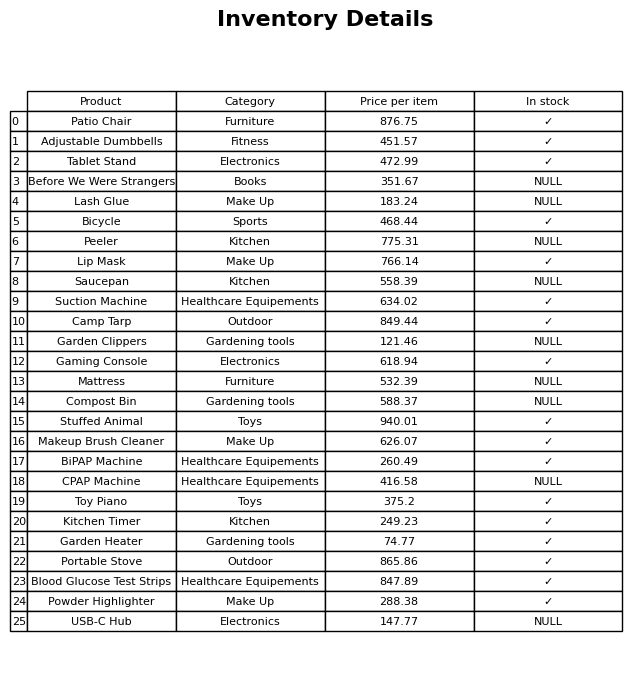
question: What is the price for Camp Tarp?
answer: The price of Camp Tarp is 849.44.